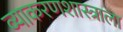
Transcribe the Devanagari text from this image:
व्याकरणशास्त्राला